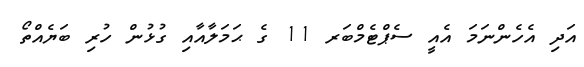
އަދި އެހެންނަމަ އެއީ ސެޕްޓެމްބަރ 11 ގެ ޙަމަލާއާއި ގުޅުން ހުރި ބަޔެއްތޯ